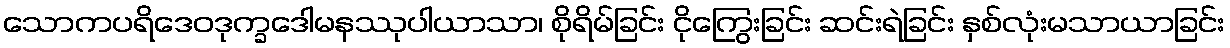
သောကပရိဒေဝဒုက္ခဒေါမနဿုပါယာသာ၊ စိုရိမ်ခြင်း ငိုကြွေးခြင်း ဆင်းရဲခြင်း နှစ်လုံးမသာယာခြင်း